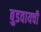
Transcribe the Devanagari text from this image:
बुडवायची